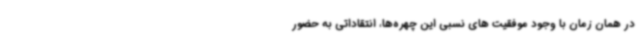
در همان زمان با وجود موفقیت های نسبی این چهره‌ها، انتقاداتی به حضور